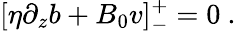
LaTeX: [\eta\partial_{z}b+B_{0}v]_{-}^{+}=0~.